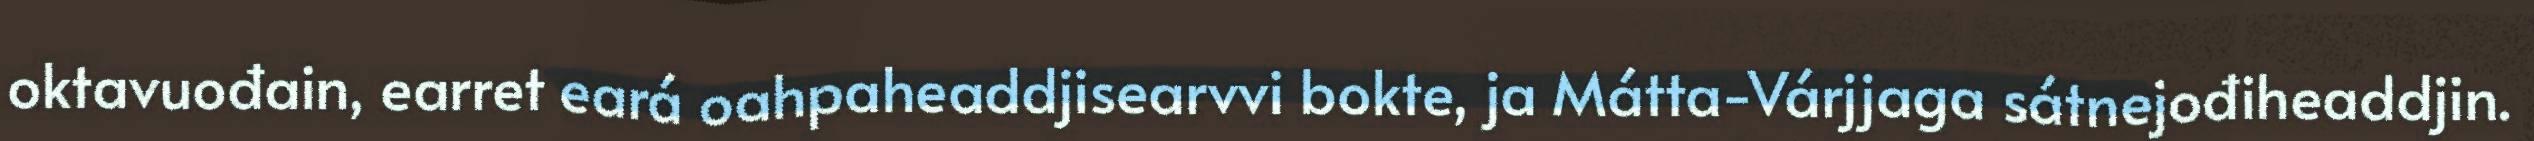
oktavuođain, earret eará oahpaheaddjisearvvi bokte, ja Mátta-Várjjaga sátnejođiheaddjin.